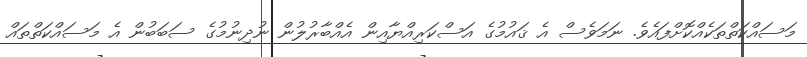
މަސައްކަތްތަކެއްކޮށްފައެވެ. ނަމަވެސް އެ ޤައުމުގެ އަސްކަރިއްޔާއިން އެއްބާރުލުން ނުދިނުމުގެ ސަބަބުން އެ މަސައްކަތްތައް